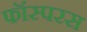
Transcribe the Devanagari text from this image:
फॉस्परस